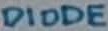
Text: DIODE